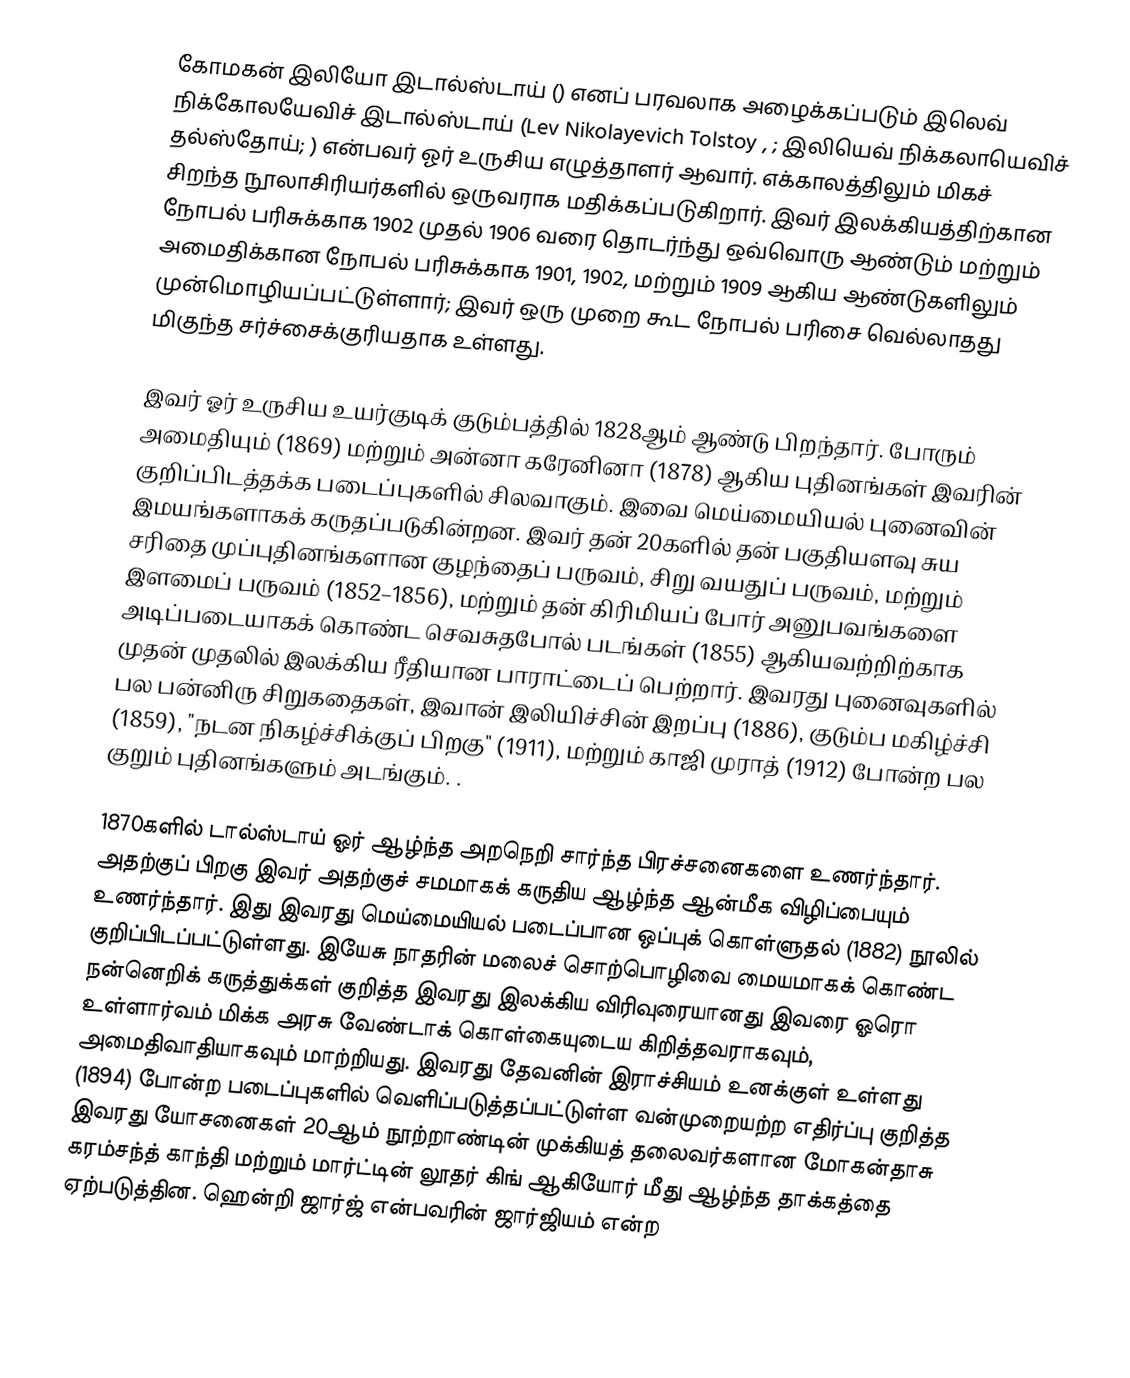
கோமகன் இலியோ இடால்ஸ்டாய் () எனப் பரவலாக அழைக்கப்படும் இலெவ் நிக்கோலயேவிச் இடால்ஸ்டாய் (Lev Nikolayevich Tolstoy , ; இலியெவ் நிக்கலாயெவிச் தல்ஸ்தோய்;  ) என்பவர் ஓர் உருசிய எழுத்தாளர் ஆவார். எக்காலத்திலும் மிகச் சிறந்த நூலாசிரியர்களில் ஒருவராக மதிக்கப்படுகிறார். இவர் இலக்கியத்திற்கான நோபல் பரிசுக்காக 1902 முதல் 1906 வரை தொடர்ந்து ஒவ்வொரு ஆண்டும் மற்றும் அமைதிக்கான நோபல் பரிசுக்காக 1901, 1902, மற்றும் 1909 ஆகிய ஆண்டுகளிலும் முன்மொழியப்பட்டுள்ளார்; இவர் ஒரு முறை கூட நோபல் பரிசை வெல்லாதது மிகுந்த சர்ச்சைக்குரியதாக உள்ளது.

இவர் ஓர் உருசிய உயர்குடிக் குடும்பத்தில் 1828ஆம் ஆண்டு பிறந்தார். போரும் அமைதியும் (1869) மற்றும் அன்னா கரேனினா (1878) ஆகிய புதினங்கள் இவரின் குறிப்பிடத்தக்க படைப்புகளில் சிலவாகும். இவை மெய்மையியல் புனைவின் இமயங்களாகக் கருதப்படுகின்றன. இவர் தன் 20களில் தன் பகுதியளவு சுய சரிதை முப்புதினங்களான குழந்தைப் பருவம், சிறு வயதுப் பருவம், மற்றும் இளமைப் பருவம் (1852–1856), மற்றும் தன் கிரிமியப் போர் அனுபவங்களை அடிப்படையாகக் கொண்ட செவசுதபோல் படங்கள் (1855) ஆகியவற்றிற்காக முதன் முதலில் இலக்கிய ரீதியான பாராட்டைப் பெற்றார். இவரது புனைவுகளில் பல பன்னிரு சிறுகதைகள், இவான் இலியிச்சின் இறப்பு (1886), குடும்ப மகிழ்ச்சி (1859), "நடன நிகழ்ச்சிக்குப் பிறகு" (1911), மற்றும் காஜி முராத் (1912) போன்ற பல குறும் புதினங்களும் அடங்கும். .

1870களில் டால்ஸ்டாய் ஓர் ஆழ்ந்த அறநெறி சார்ந்த பிரச்சனைகளை உணர்ந்தார். அதற்குப் பிறகு இவர் அதற்குச் சமமாகக் கருதிய ஆழ்ந்த ஆன்மீக விழிப்பையும் உணர்ந்தார். இது இவரது மெய்மையியல் படைப்பான ஒப்புக் கொள்ளுதல் (1882) நூலில் குறிப்பிடப்பட்டுள்ளது. இயேசு நாதரின் மலைச் சொற்பொழிவை மையமாகக் கொண்ட நன்னெறிக் கருத்துக்கள் குறித்த இவரது இலக்கிய விரிவுரையானது இவரை ஓரொ உள்ளார்வம் மிக்க அரசு வேண்டாக் கொள்கையுடைய கிறித்தவராகவும், அமைதிவாதியாகவும் மாற்றியது. இவரது தேவனின் இராச்சியம் உனக்குள் உள்ளது (1894) போன்ற படைப்புகளில் வெளிப்படுத்தப்பட்டுள்ள வன்முறையற்ற எதிர்ப்பு குறித்த இவரது யோசனைகள் 20ஆம் நூற்றாண்டின் முக்கியத் தலைவர்களான மோகன்தாசு கரம்சந்த் காந்தி மற்றும் மார்ட்டின் லூதர் கிங் ஆகியோர் மீது ஆழ்ந்த தாக்கத்தை ஏற்படுத்தின. ஹென்றி ஜார்ஜ் என்பவரின் ஜார்ஜியம் என்ற